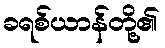
ခရစ်ယာန်တို့၏